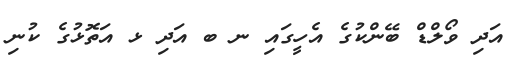
އަދި ވޯލްޑް ބޭންކުގެ އެހީގައި ނ ބ އަދި ޅ އަތޮޅުގެ ކުނި